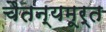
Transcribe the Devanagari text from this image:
चैतन्यमूर्त